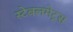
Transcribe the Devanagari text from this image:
स्टेबलमेट्स